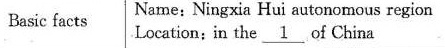
Basic facts Name: Ningxia Hui autonomous region Location;in the \underline{1} of China